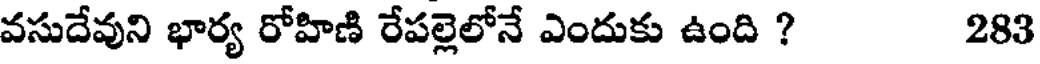
వసుదేవుని భార్య రోహిణి రేపల్లెలోనే ఎందుకు ఉంది ? 283